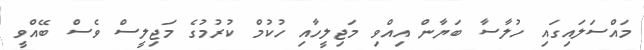
މައްސަލައިގައި ހުލާސާ ބަޔާން އިއްވި މަޖިލީހާއި ހުކުމް ކުރުމުގެ މަޖިލީސް ވެސް ބޭއްވީ